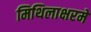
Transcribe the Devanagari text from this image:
मिथिलाक्षरमें